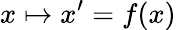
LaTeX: x\mapsto x^{\prime}=f(x)